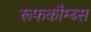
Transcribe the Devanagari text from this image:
रूफकौम्ब्स